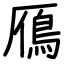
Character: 鴈